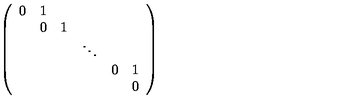
\left( \begin{array} { c c c c c c } { 0 } & { 1 } & { } & { } & { } & { } \\ { } & { 0 } & { 1 } & { } & { } & { } \\ { } & { } & { } & { \ddots } & { } & { } \\ { } & { } & { } & { } & { 0 } & { 1 } \\ { } & { } & { } & { } & { } & { 0 } \\ \end{array} \right)